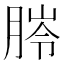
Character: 𦜥